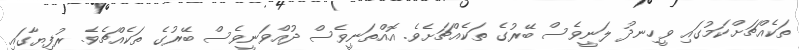
ތަކެއްޗަށްކަމުގައި ވީހިނދު ލަނީވެސް ބޭރުގެ ތަކެއްޗަށެވެ. އޮއްތަނީވެސް ދުއްވަނީވެސް ބޭރުގެ ތަކެއްޗެވެ. ރުފިޔާގައި